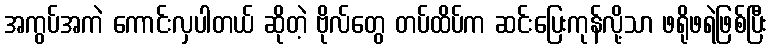
အကွပ်အကဲ ကောင်းလှပါတယ် ဆိုတဲ့ ဗိုလ်တွေ တပ်ထိပ်က ဆင်းပြေးကုန်လို့သာ ဖရိုဖရဲဖြစ်ပြီး